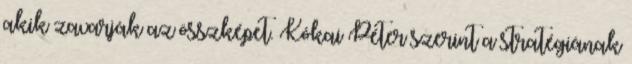
akik zavarják az összképet. Kókai Péter szerint a stratégiának